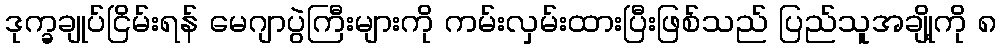
ဒုက္ခချုပ်ငြိမ်းရန် မေဂျာပွဲကြီးများကို ကမ်းလှမ်းထားပြီးဖြစ်သည် ပြည်သူအချို့ကို ၈